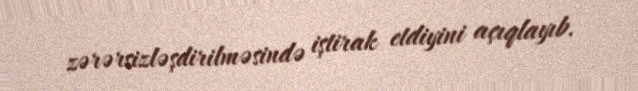
zərərsizləşdirilməsində iştirak etdiyini açıqlayıb.